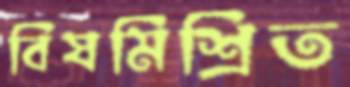
বিষমিশ্রিত